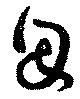
因